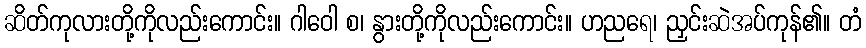
ဆိတ်ကုလားတို့ကိုလည်းကောင်း။ ဂါဝေါ စ၊ နွားတို့ကိုလည်းကောင်း။ ဟညရေ၊ ညှင်းဆဲအပ်ကုန်၏။ တံ